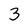
Character: 3